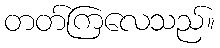
တတ်ကြလေသည်။